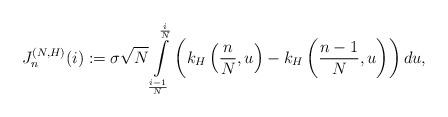
LaTeX: \begin{align*} J_n^{(N,H)}(i):=\sigma\sqrt{N}\int\limits_{\frac{i-1}{N}}^{\frac{i}{N}}\left(k_H\left(\frac{n}{N},u\right)-k_H\left(\frac{n-1}{N},u\right)\right)du, \end{align*}